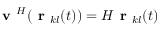
\textbf { v } ^ { H } ( \textbf { r } _ { k l } ( t ) ) = H \textbf { r } _ { k l } ( t )